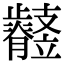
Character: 𣦲